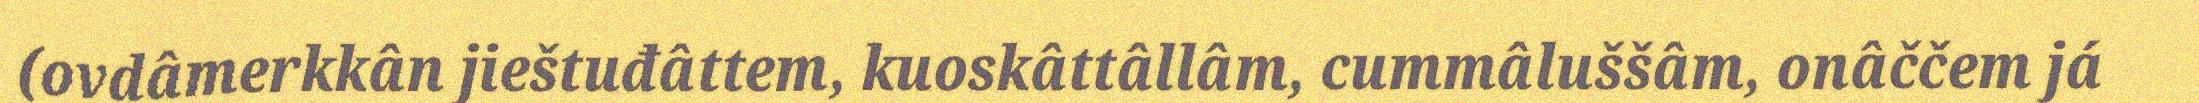
(ovdâmerkkân jieštuđâttem, kuoskâttâllâm, cummâluššâm, onâččem já